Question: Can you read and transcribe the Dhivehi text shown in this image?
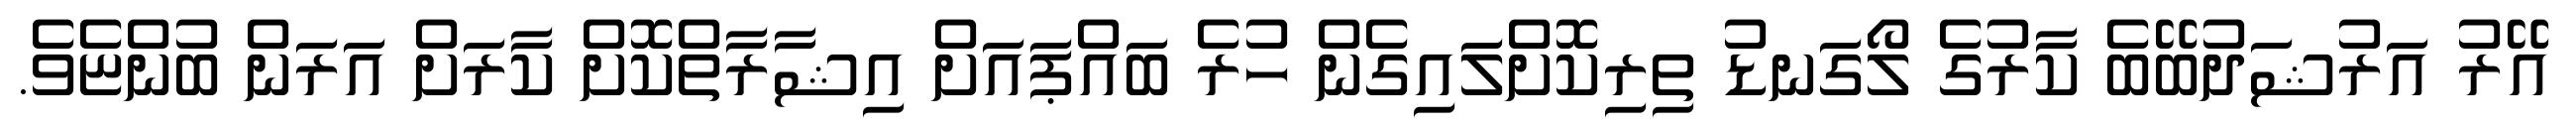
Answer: އޭރު އަރުޝަދުބޭބެ ކާރުގެ ލޯގަނޑު ތިރިކޮށްލައިގެން ހުރެ ބައްޕައަށް އިޝާރާތްކޮށް ކާރަށް އަރަން ބުންޏެވެ.